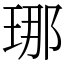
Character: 𤥶